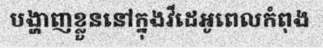
បង្ហាញខ្លួននៅក្នុងវីដេអូពេលកំពុង